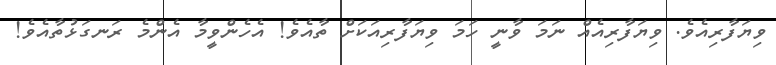
ވިޔަފާރިއެވެ. ވިޔަފާރިއެއް ނަމަ ވާނީ ހަމަ ވިޔަފާރިއަކަށް ތާއެވެ! އެހެންވީމާ އެންމެ ރަނގަޅުތާއެވެ!